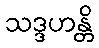
သဒ္ဒဟန္တိ